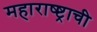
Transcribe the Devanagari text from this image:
महाराष्ष्ट्राची